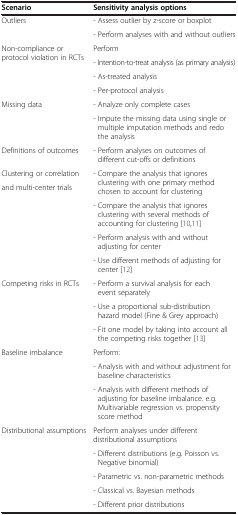
<table><thead><tr><td><b>Scenario</b></td><td><b>Sensitivity analysis options</b></td></tr></thead><tbody><tr><td rowspan="2">Outliers</td><td>- Assess outlier by z-score or boxplot</td></tr><tr><td>- Perform analyses with and without outliers</td></tr><tr><td rowspan="4">Non-compliance or protocol violation in RCTs</td><td>Perform</td></tr><tr><td>- Intention-to-treat analysis (as primary analysis)</td></tr><tr><td>- As-treated analysis</td></tr><tr><td>- Per-protocol analysis</td></tr><tr><td rowspan="2">Missing data</td><td>- Analyze only complete cases</td></tr><tr><td>- Impute the missing data using single or multiple imputation methods and redo the analysis</td></tr><tr><td>Definitions of outcomes</td><td>- Perform analyses on outcomes of different cut-offs or definitions</td></tr><tr><td>Clustering or correlation</td><td rowspan="2">- Compare the analysis that ignores clustering with one primary method chosen to account for clustering</td></tr><tr><td rowspan="4">and multi-center trials</td></tr><tr><td>- Compare the analysis that ignores clustering with several methods of accounting for clustering[10,11]</td></tr><tr><td>- Perform analysis with and without adjusting for center</td></tr><tr><td>- Use different methods of adjusting for center[12]</td></tr><tr><td rowspan="3">Competing risks in RCTs</td><td>- Perform a survival analysis for each event separately</td></tr><tr><td>- Use a proportional sub-distribution hazard model (Fine &amp; Grey approach)</td></tr><tr><td>- Fit one model by taking into account all the competing risks together[13]</td></tr><tr><td rowspan="3">Baseline imbalance</td><td>Perform:</td></tr><tr><td>- Analysis with and without adjustment for baseline characteristics</td></tr><tr><td>- Analysis with different methods of adjusting for baseline imbalance. e.g. Multivariable regression vs. propensity score method</td></tr><tr><td rowspan="4">Distributional assumptions</td><td>Perform analyses under different distributional assumptions</td></tr><tr><td>- Different distributions (e.g. Poisson vs. Negative binomial)</td></tr><tr><td>- Parametric vs. non-parametric methods</td></tr><tr><td>- Classical vs. Bayesian methods</td></tr><tr><td> </td><td>- Different prior distributions</td></tr></tbody></table>